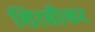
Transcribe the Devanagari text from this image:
शिरसीकर